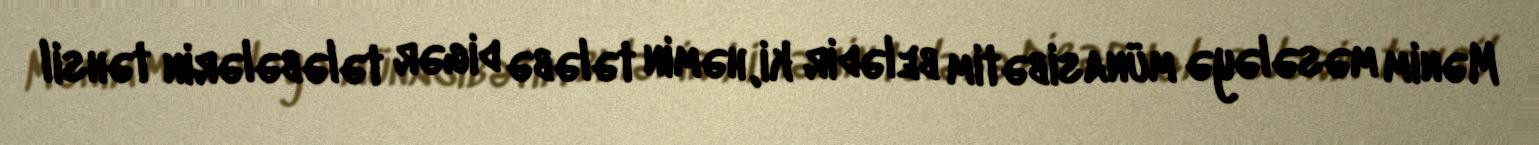
Mənim məsələyə münasibətim belədir ki, həmin tələbə digər tələbələrin təhsil